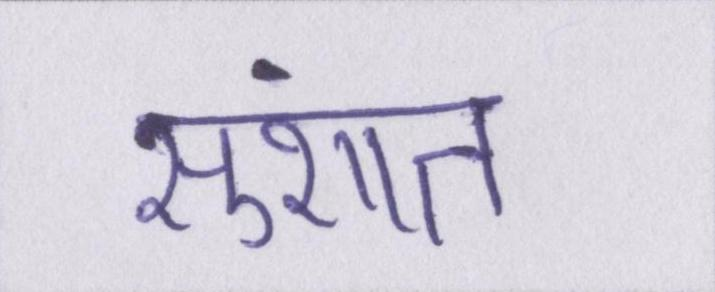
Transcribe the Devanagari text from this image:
सुशांत